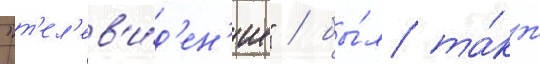
"т'ел'ев'и́д'ен'ие" / бы́л та́кж